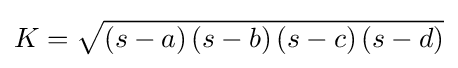
K={\sqrt {\left(s-a\right)\left(s-b\right)\left(s-c\right)\left(s-d\right)}}